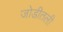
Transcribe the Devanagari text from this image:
जोडीतली